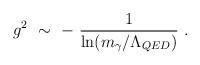
\begin{align*}g^2\ \sim\ -\ \frac1{\ln(m_\gamma/\Lambda_{QED})}\ .\end{align*}